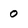
Character: 0